Madras plague regulations in force outside the Presidency town - Volume 2
Disease focus: Plague
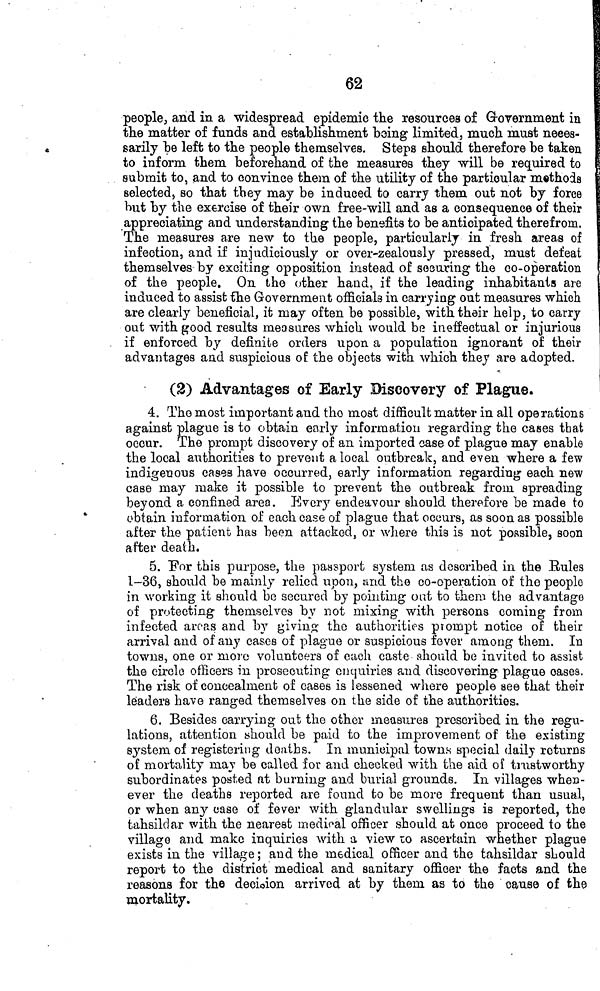
62
people, and in a widespread epidemic the resources of Government in
the matter of funds and establishment being limited, much must neces-
sarily be left to the people themselves. Steps should therefore be taken
to inform them beforehand of the measures they will be required to
submit to, and to convince them of the utility of the particular methods
selected, so that they may be induced to carry them out not by force
but by the exercise of their own free-will and as a consequence of their
appreciating and understanding the benefits to be anticipated therefrom.
The measures are new to the people, particularly in fresh areas of
infection, and if injudiciously or over-zealously pressed, must defeat
themselves by exciting opposition instead of securing the co-operation
of the people. On the other hand, if the leading inhabitants are
induced to assist the Government officials in carrying out measures which
are clearly beneficial, it may often be possible, with their help, to carry
out with good results measures which would be ineffectual or injurious
if enforced by definite orders upon a population ignorant of their
advantages and suspicious of the objects with which they are adopted.
(2) Advantages of Early Discovery of Plague.
4. The most important and the most difficult matter in all operations
against plague is to obtain early information regarding the cases that
occur. The prompt discovery of an imported case of plague may enable
the local authorities to prevent a local outbreak, and even where a few
indigenous cases have occurred, early information regarding each new
case may make it possible to prevent the outbreak from spreading
beyond a confined area. Every endeavour should therefore be made to
obtain information of each case of plague that occurs, as soon as possible
after the patient has been attacked, or where this is not possible, soon
after death.
5. For this purpose, the passport system as described in the Bules
1-36, should be mainly relied upon, arid the co-operation of the people
in working it should bo secured by pointing out to them the advantage
of protecting themselves by not mixing with persons coining from
infected areas and by giving the authorities prompt notice of their
arrival and of any cases of plague or suspicious fever amorig them. In
towns, one or moro volunteers of each caste should be invited to assist
the circle officers in prosecuting enquiries and discovering plague oases.
The risk of concealment of cases is lessened where people see that their
leaders have ranged themselves on the side of the authorities.
6. Besides carrying out the other measures prescribed in the regu-
lations, attention should be paid to the improvement of the existing
system of registering deaths. In municipal towns special daily returns
of mortality may be called for and checked with the aid of trustworthy
subordinates posted at burning and burial grounds. In villages when-
ever the deaths reported arc found to be more frequent than usual,
or when any case of fever with glandular swellings is reported, the
tahsildar with the nearest medical officer should at once proceed to the
village and make inquiries with a view to ascertain whether plague
exists in the village ; and the medical officer and the tahsildar should
report to the district medical and sanitary officer the facts and the
reasons for the decision arrived at by them as to the cause of the
mortality.